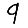
Digit: 9